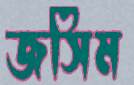
জসিম